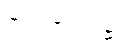
ဣသရေလ၌